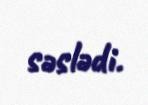
səslədi.